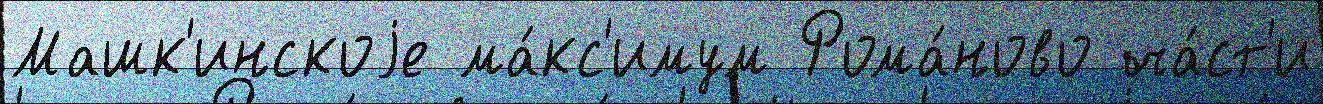
Машк'инскоjе ма́кс'имум Рома́ново ча́ст'и